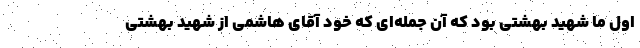
اول ما شهید بهشتی بود که آن جمله‌ای که خود آقای هاشمی از شهید بهشتی